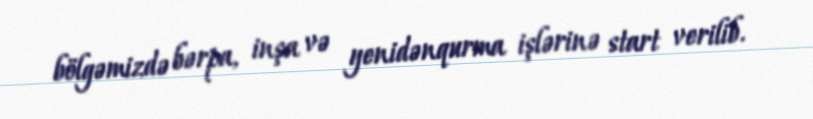
bölgəmizdə bərpa, inşa və yenidənqurma işlərinə start verilib.